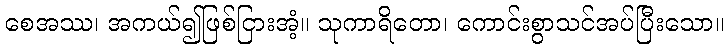
စေအဿ၊ အကယ်၍ဖြစ်ငြားအံ့။ သုကာရိတော၊ ကောင်းစွာသင်အပ်ပြီးသော။